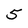
Character: 5